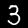
Digit: 3